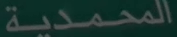
المحمدية